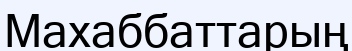
Махаббаттарың